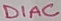
Text: DIAC